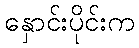
နှောင်းပိုင်းက